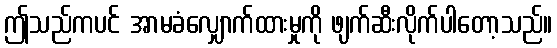
ဤသည်ကပင် အာမခံလျှောက်ထားမှုကို ဖျက်ဆီးလိုက်ပါတော့သည်။